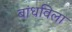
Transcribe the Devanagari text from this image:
बांधविला